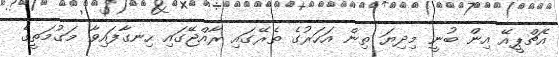
އެޗްޕީއޭ އިން ބުނީ މިދިޔަ ތިން އަހަރުގެ ތެރޭގައި ރާއްޖޭގައި ހިނގާފައިވާ މަގުމަތީގެ